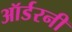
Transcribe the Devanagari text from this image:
ऑर्डरनी